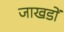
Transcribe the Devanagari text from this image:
जाखडों